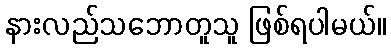
နားလည်သဘောတူသူ ဖြစ်ရပါမယ်။